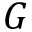
G